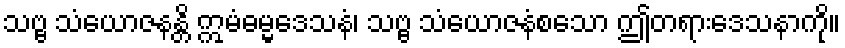
သဗ္ဗ သံယောဇနန္တိ ဣမံဓမ္မဒေသနံ၊ သဗ္ဗ သံယောဇနံစသော ဤတရားဒေသနာကို။